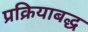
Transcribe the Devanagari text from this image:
प्रक्रियाबद्ध